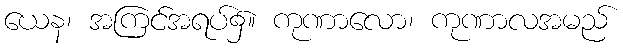
ယေန၊ အကြင်အရပ်၌။ ကုဏာလော၊ ကုဏာလအမည်